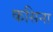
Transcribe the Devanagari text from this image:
कसिना